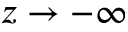
z \to - \infty